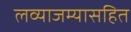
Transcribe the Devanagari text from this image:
लव्याजम्यासहित